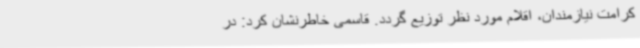
کرامت نیازمندان، اقلام مورد نظر توزیع گردد. قاسمی خاطرنشان کرد: در